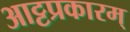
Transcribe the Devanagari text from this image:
आट्टप्रकारम्